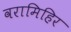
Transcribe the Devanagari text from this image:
वरामिहिर